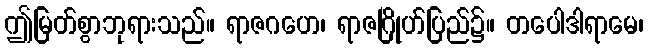
ဤမြတ်စွာဘုရားသည်။ ရာဇဂဟေ၊ ရာဇဂြိုဟ်ပြည်၌။ တပေါဒါရာမေ၊